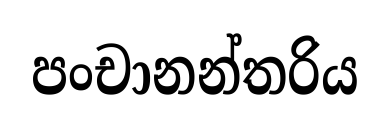
පංචානන්තරිය